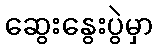
ဆွေးနွေးပွဲမှာ